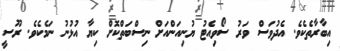
އިބާރާތެކެވެ. އެދުވަސް ވަރު ސޯވިއެޓު ޔުނިއަންއަށް ނިސްބަތްކޮށް ކިޔާ އުޅުނު ނަމެކެވެ. ރޫސީ